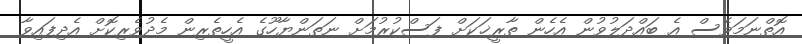
އޮތްނަމަވެސް އެ ބައްދަލުވުން އެހެން ތާރީޚަކަށް ފަސްކުރުމަށް ނަތަންޔާހޫގެ އެހީތެރިން މެދުވެރިކޮށް އެދިފައިވާ